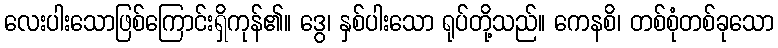
လေးပါးသောဖြစ်ကြောင်းရှိကုန်၏။ ဒွေ၊ နှစ်ပါးသော ရုပ်တို့သည်။ ကေနစိ၊ တစ်စုံတစ်ခုသော